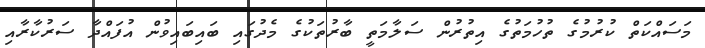
މަސައްކަތް ކުރުމުގެ ތުހުމަތުގެ އިތުރުން ސަލާމަތީ ބާރުތަކުގެ މެދުގައި ބައިބައިވުން އުފައްދާ ސަރުކާރާއި